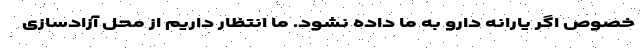
خصوص اگر یارانه دارو به ما داده نشود. ما انتظار داریم از محل آزادسازی